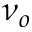
\nu _ { o }